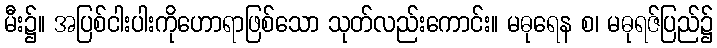
မီး၌။ အပြစ်ငါးပါးကိုဟောရာဖြစ်သော သုတ်လည်းကောင်း။ မဓုရေန စ၊ မဓုရဇ်ပြည်၌